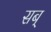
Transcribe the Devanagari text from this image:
सब्